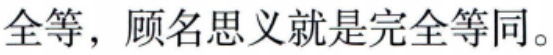
全等，顾名思义就是完全等同。